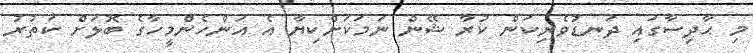
މި ޙާދިސާގައި ދަނޑުވެރިކަން ކުރާ ޝޭން ނަމަކަށްކިޔާ އެ އަންހެންމީހާގެ ބޮލަށް ކަތުރު